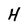
Character: H